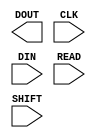
///////////////////////////////////////////////////////////////////////////////
// Copyright (c) 1995/2004 Xilinx, Inc.
// All Right Reserved.
///////////////////////////////////////////////////////////////////////////////
//   ____  ____
//  /   /\/   /
// /___/  \  /    Vendor : Xilinx
// \   \   \/     Version : 10.1
//  \   \         Description : Xilinx Formal Library Component
//  /   /                       Device DNA Data Access Port
// /___/   /\     Filename : DNA_PORT.v
// \   \  /  \    Timestamp : Mon Nov 12 14:55:34 PDT 2007
//  \___\/\___\
//
// Revision:
//    11/12/07 - Initial version.
// End Revision

`timescale  1 ps / 1 ps

module DNA_PORT (DOUT, CLK, DIN, READ, SHIFT);

    parameter SIM_DNA_VALUE = 57'h0;

    output DOUT;

    input  CLK, DIN, READ, SHIFT;

endmodule // DNA_PORT